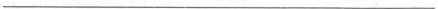
___